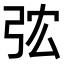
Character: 𢏐